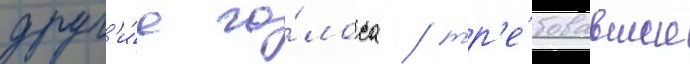
друг'и́е го́лоса / тр'е́бовавшие